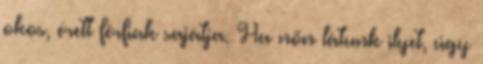
okos, érett férfiak sajátja. Ha nőn látunk ilyet, úgy